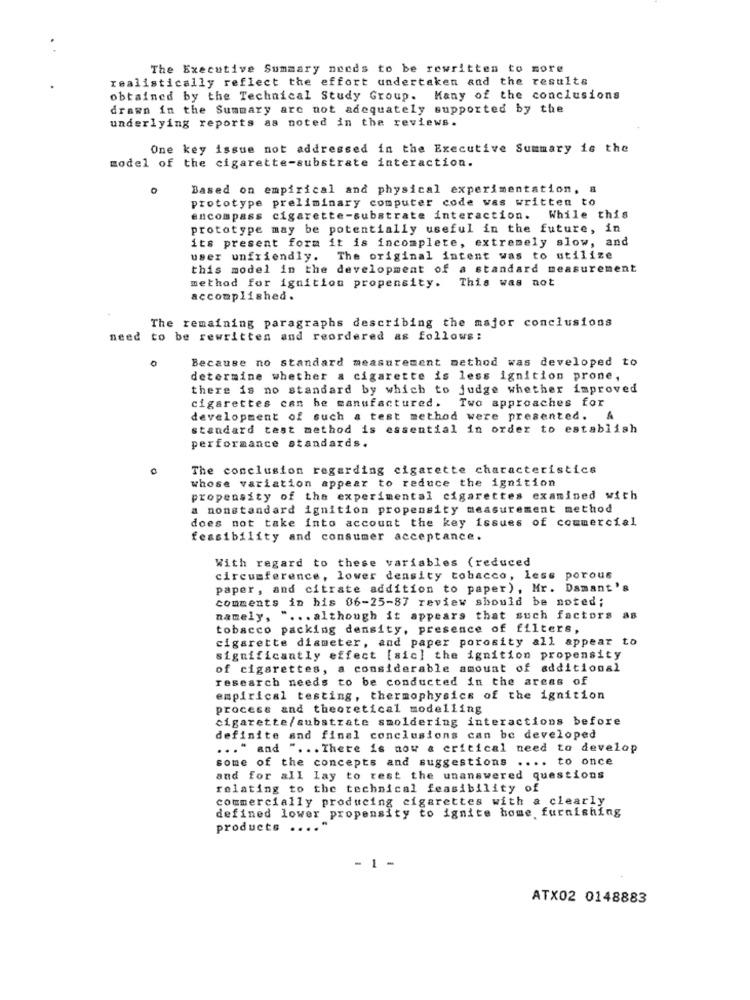
The Executive Summary needs to be rewritten to more
realistically reflect the effort undertaken and the results
obtained by the Technical Study Group. Many of the conclusions
drawn in the Summary are not adequately supported by the
underlying reports as noted in the reviews.
One key issue not addressed in the Executive Summary is the
model of the cigarette-substrate interaction.
Based on empirical and physical experimentation, a
prototype preliminary computer code was written to
encompass cigarette-substrate interaction. While this
prototype may be potentially useful in the future, in
its present form it is incomplete, extremely slow, and
user unfriendly.
The original intent was to utilize
this model in the development of a standard measurement
This was not
method for ignition propensity.
accomplished.
The remaining paragraphs describing the major conclusions
need to be rewritten and reordered as follows:
0
Because no standard measurement method was developed to
determine whether a cigarette is less ignition prone,
there is no standard by which to judge whether improved
Two approaches for
cigarettes can be manufactured .
development of such a test method were presented. A
standard test method is essential in order to establish
performance standards.
The conclusion regarding cigarette characteristics
whose variation appear to reduce the ignition
propensity of the experimental cigarettes examined with
a nonstandard ignition propensity measurement method
does not take into account the key issues of commercial
feasibility and consumer acceptance.
With regard to these variables (reduced
circumference, lower density tobacco, less porous
paper, and citrate addition to paper), Mr. Damant's
comments in his 06-25-87 review should be noted;
namely, " ... although it appears that such factors as
tobacco packing density, presence of filters,
cigarette diameter, and paper porosity all appear to
significantly effect [sic] the ignition propensity
of cigarettes, a considerable amount of additional
research needs to be conducted in the areas of
empirical testing, thermophysics of the ignition
process and theoretical modelling
cigarette/substrate smoldering interactions before
definite and final conclusions can be developed
... " and " ... There is now a critical need to develop
some of the concepts and suggestions .... to once
and for all lay to rest the unanswered questions
relating to the technical feasibility of
commercially producing cigarettes with a clearly
defined lower propensity to ignite home furnishing
products ..
-
ATX02 0148883